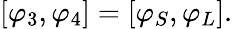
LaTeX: [\varphi_{3},\varphi_{4}]=[\varphi_{S},\varphi_{L}].